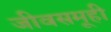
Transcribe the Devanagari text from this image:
जीवसमूही